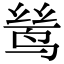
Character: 鸶